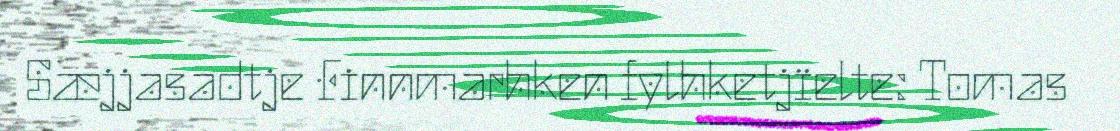
Sæjjasadtje Finnmarhken fylhketjïelte: Tomas